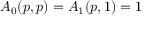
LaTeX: A _ { 0 } ( p , p ) = A _ { 1 } ( p , 1 ) = 1